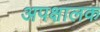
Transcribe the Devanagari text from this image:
अपक्षालक